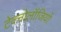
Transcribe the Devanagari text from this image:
टेक्नोलॉजियों